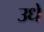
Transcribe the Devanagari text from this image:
उधे